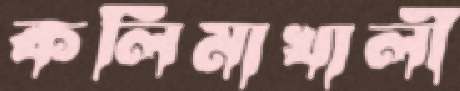
কলিমাখালী